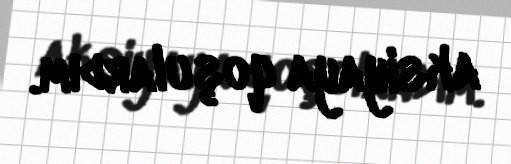
aksiyaya qoşulardım.